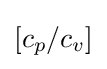
\left[c_{p}/c_{v}\right]